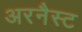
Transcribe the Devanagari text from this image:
अरनैस्ट